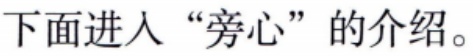
下面进入“旁心”的介绍。